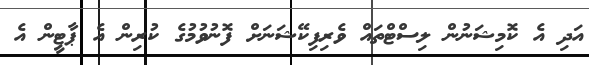
އަދި އެ ކޮމިޝަނުން ލިސްޓްތައް ވެރިފިކޭޝަނަށް ފޮނުވުމުގެ ކުރިން އެ ޕާޓީން އެ